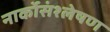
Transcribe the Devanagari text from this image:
नार्कोसंश्लेषण